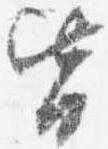
皆